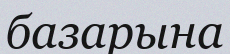
базарына